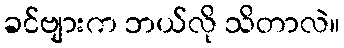
ခင်ဗျားက ဘယ်လို သိတာလဲ။